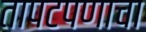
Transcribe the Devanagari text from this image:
तापटपणाचा